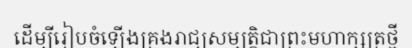
ដើម្បីរៀបចំឡើងគ្រងរាជ្យសម្បត្តិជាព្រះមហាក្សត្រថ្មី